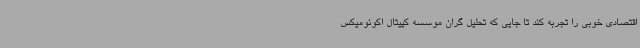
اقتصادی خوبی را تجربه کند تا جایی که تحلیل گران موسسه کپیتال اکونومیکس